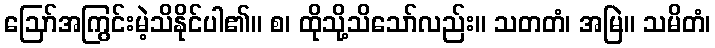
ဩော်အကြွင်းမဲ့သိနိုင်ပါ၏။ စ၊ ထိုသို့သိသော်လည်း။ သတတံ၊ အမြဲ။ သမိတံ၊